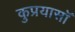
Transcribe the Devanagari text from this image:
कुप्रयासॉ